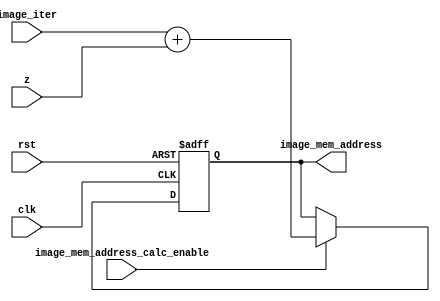
module mem_image_address_calculator (input image_mem_address_calc_enable , clk , rst, input [6:0] z , input[2:0] image_iter , output reg [6:0] image_mem_address);

    always @ (negedge clk , posedge rst) begin
        if ( rst )
            image_mem_address = 7'b0000000;

        else if (image_mem_address_calc_enable)

            image_mem_address <= image_iter + z ;
    end
endmodule